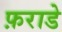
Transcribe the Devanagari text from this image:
फ़राडे